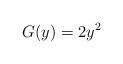
LaTeX: \begin{align*}G(y)=2y^{2}\end{align*}